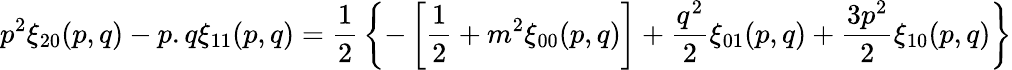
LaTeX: p^{2}\xi_{20}(p,q)-p.q\xi_{11}(p,q)={\frac{1}{2}}\left\{ -\left[{\frac{1}{2}}+m^{2}\xi_{00}(p,q)\right]+{\frac{q^{2}}{2}}\xi_{01}(p,q)+{\frac{3p^{2}}{2}}\xi_{10}(p,q)\right\}